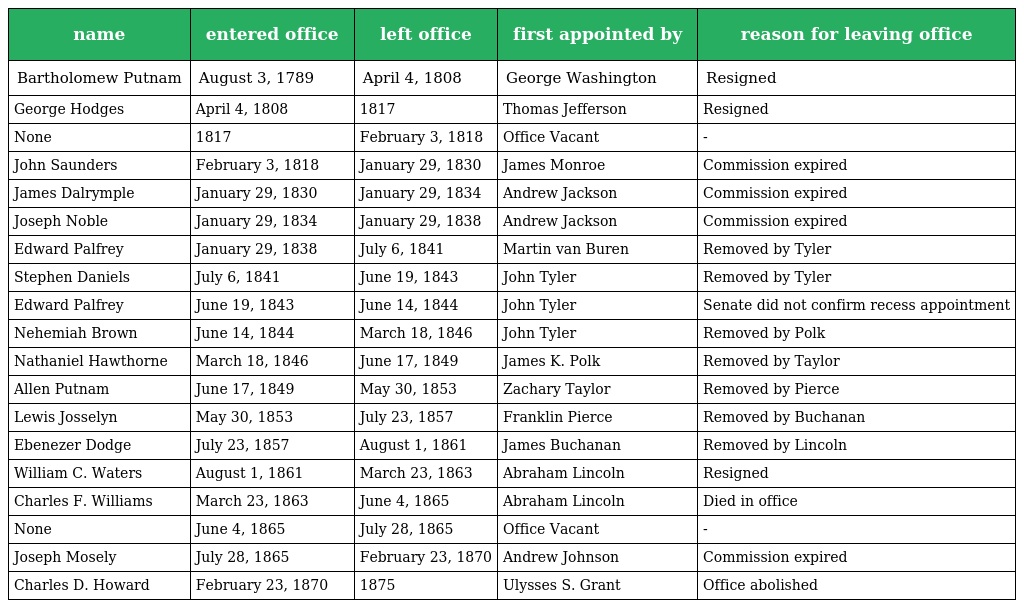
| name | entered office | left office | first appointed by | reason for leaving office |
 | --- | --- | --- | --- | --- |
 | Bartholomew Putnam | August 3, 1789 | April 4, 1808 | George Washington | Resigned |
 | George Hodges | April 4, 1808 | 1817 | Thomas Jefferson | Resigned |
 | None | 1817 | February 3, 1818 | Office Vacant | - |
 | John Saunders | February 3, 1818 | January 29, 1830 | James Monroe | Commission expired |
 | James Dalrymple | January 29, 1830 | January 29, 1834 | Andrew Jackson | Commission expired |
 | Joseph Noble | January 29, 1834 | January 29, 1838 | Andrew Jackson | Commission expired |
 | Edward Palfrey | January 29, 1838 | July 6, 1841 | Martin van Buren | Removed by Tyler |
 | Stephen Daniels | July 6, 1841 | June 19, 1843 | John Tyler | Removed by Tyler |
 | Edward Palfrey | June 19, 1843 | June 14, 1844 | John Tyler | Senate did not confirm recess appointment |
 | Nehemiah Brown | June 14, 1844 | March 18, 1846 | John Tyler | Removed by Polk |
 | Nathaniel Hawthorne | March 18, 1846 | June 17, 1849 | James K. Polk | Removed by Taylor |
 | Allen Putnam | June 17, 1849 | May 30, 1853 | Zachary Taylor | Removed by Pierce |
 | Lewis Josselyn | May 30, 1853 | July 23, 1857 | Franklin Pierce | Removed by Buchanan |
 | Ebenezer Dodge | July 23, 1857 | August 1, 1861 | James Buchanan | Removed by Lincoln |
 | William C. Waters | August 1, 1861 | March 23, 1863 | Abraham Lincoln | Resigned |
 | Charles F. Williams | March 23, 1863 | June 4, 1865 | Abraham Lincoln | Died in office |
 | None | June 4, 1865 | July 28, 1865 | Office Vacant | - |
 | Joseph Mosely | July 28, 1865 | February 23, 1870 | Andrew Johnson | Commission expired |
 | Charles D. Howard | February 23, 1870 | 1875 | Ulysses S. Grant | Office abolished |